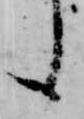
候